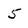
Character: 5